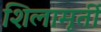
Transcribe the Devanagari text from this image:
शिलामृर्ती